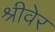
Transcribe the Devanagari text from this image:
श्रीवेर